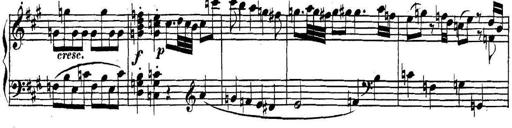
Title: Collected Piano Sonatas
Composer: Muzio Clementi